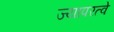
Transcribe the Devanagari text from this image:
ज्यापरत्वे